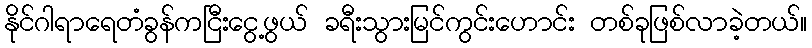
နိုင်ဂါရာရေတံခွန်ကငြီးငွေ့ဖွယ် ခရီးသွားမြင်ကွင်းဟောင်း တစ်ခုဖြစ်လာခဲ့တယ်။